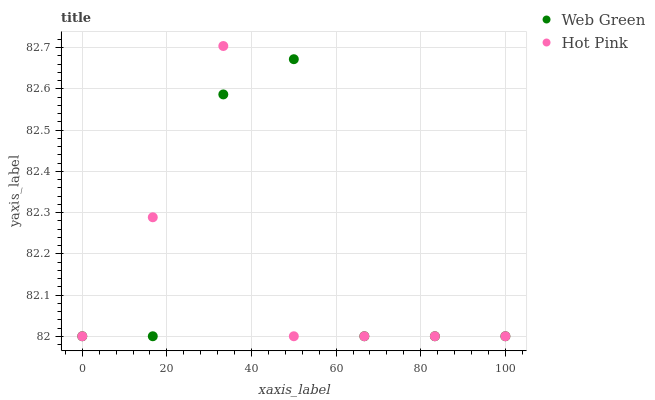
| xaxis_label | Web Green | Hot Pink |
 | --- | --- | --- |
 | 0 | 82 | 82 |
 | 16.7 | 82 | 82.3 |
 | 33.3 | 82.6 | 82.7 |
 | 50 | 82.7 | 82 |
 | 66.7 | 82 | 82 |
 | 83.3 | 82 | 82 |
 | 100 | 82 | 82 |